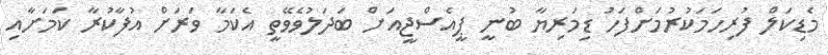
މެޑިކަލް ފުރިހަމަކުރުމަށްފަހު ޑިމަރިޔާ ބުނީ ޕީއެސްޖީއަށް ބަދަލުވެވޭތީ އެކަމާ ވަރަށް އުފާކުރާ ކަމަށާއި